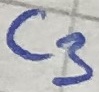
Text: C3